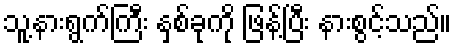
သူ့နားရွက်ကြီး နှစ်ခုကို ဖြန့်ပြီး နားစွင့်သည်။